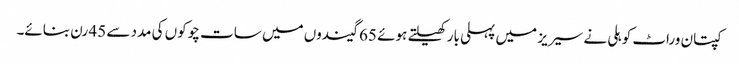
کپتان وراٹ کوہلی نے سیریز میں پہلی بار کھیلتے ہوئے 65 گیندوں میں سات چوکوں کی مدد سے 45 رن بنائے۔